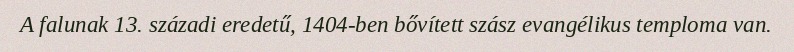
A falunak 13. századi eredetű, 1404-ben bővített szász evangélikus temploma van.